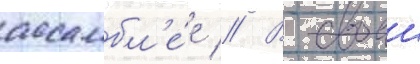
ассамбл'е́е // В своеи